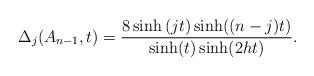
\begin{align*}\Delta _j(A_{n-1},t)=\frac{8\sinh \left( jt\right) \sinh ((n-j)t)}{\sinh(t)\sinh (2ht)}. \end{align*}